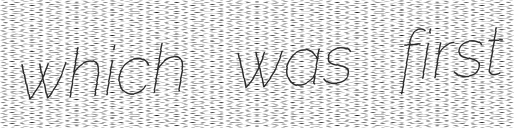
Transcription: which was first